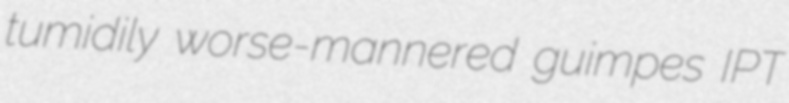
tumidily worse-mannered guimpes IPT